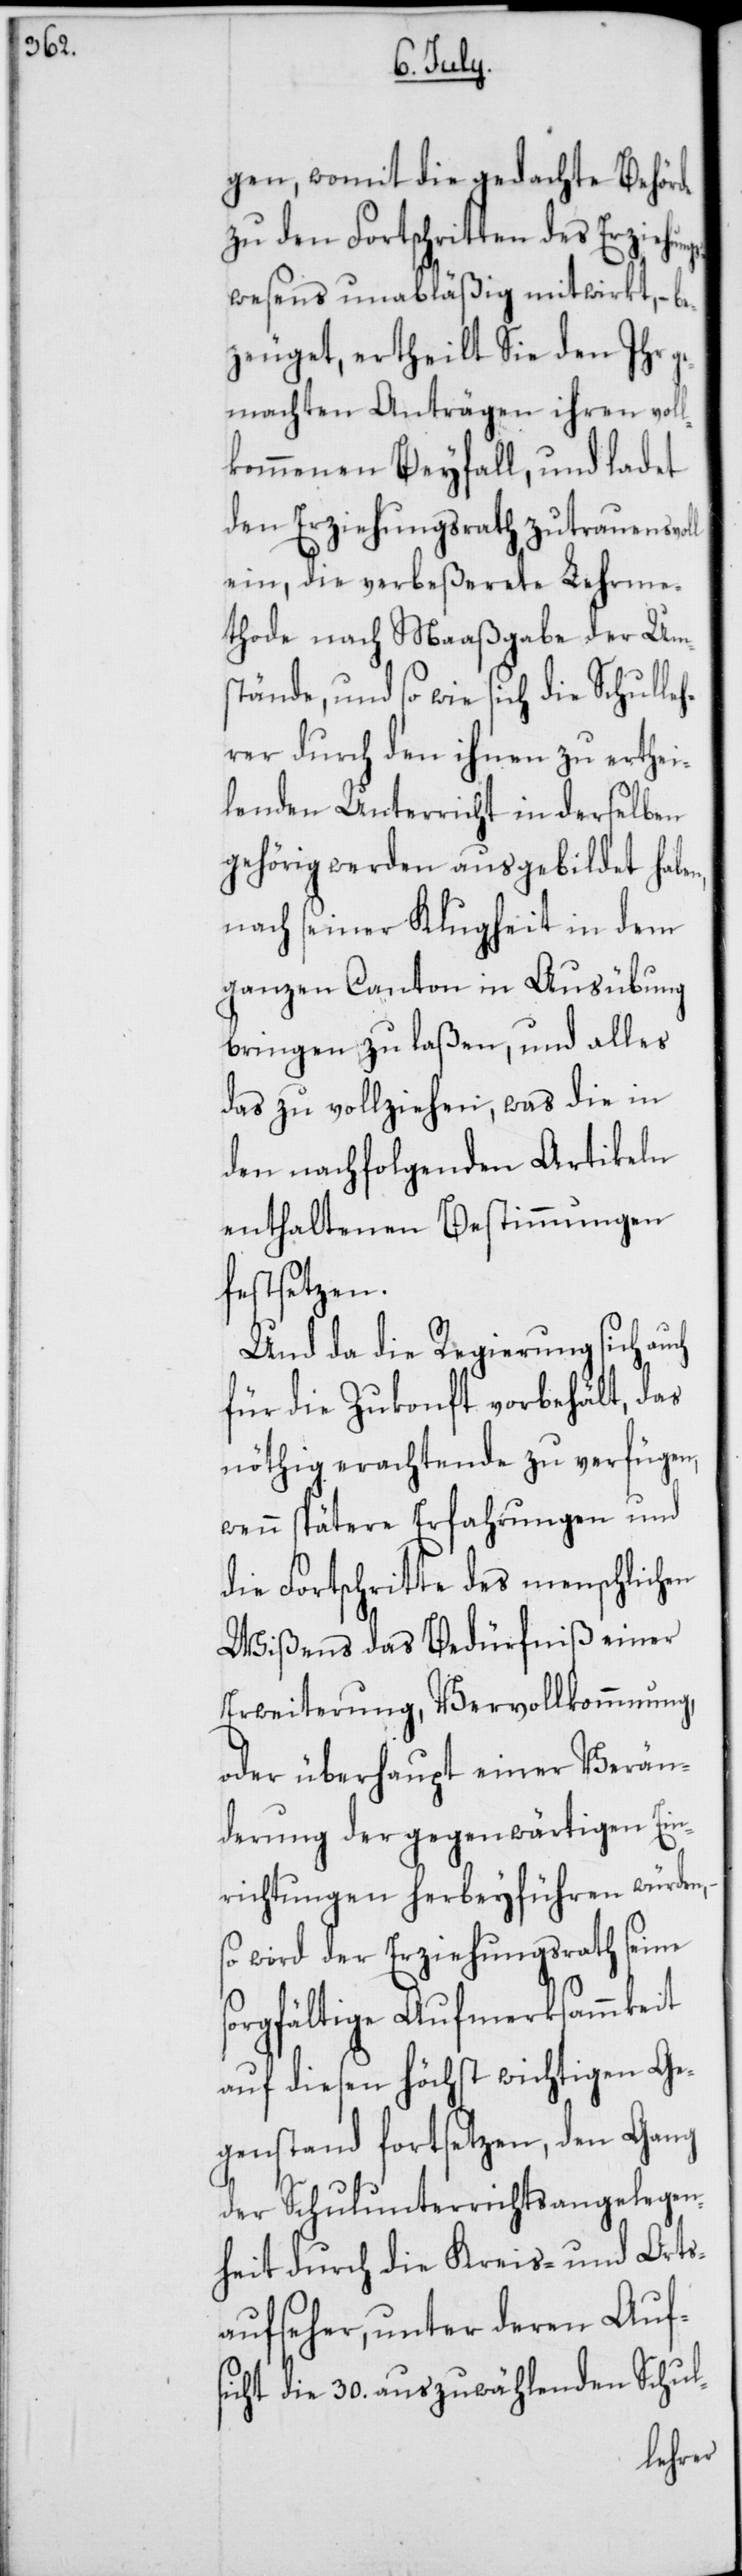
gen, womit die gedachte Behörde
zu den Fortschritten des Erziehun¬
gswesens unabläßig mitwirkt, – be¬
zeuget, ertheilt Sie den Ihr ge¬
machten Anträgen ihren voll¬
kommenen Beyfall, und ladet
den Erziehungsrath zutrauensvoll
ein, die verbeßerete Lehrme¬
thode nach Maaßgabe der Um¬
stände, und so wie sich die Schulle¬
hrer durch den ihnen zu erthei¬
lenden Unterricht in derselben
gehörig werden ausgebildet ha¬
nach seiner Klugheit in dem
ganzen Canton in Ausübung
bringen zu laßen, und alles
das zu vollziehen, was die in
den nachfolgenden Artikeln
enthaltenen Bestimmungen
festsetzen.
Und da die Regierung sich
für die Zukonft vorbehält, das
nöthig Erachtende zu verfügen,
wenn spätere Erfahrungen und
die Fortschritte des menschlichen
Wißens das Bedürfniß einer
Erweiterung, Vervollkommnung,
oder überhaupt einer Verän¬
derung der gegenwärtigen Ein¬
richtungen herbeyführen würden,
so wird der Erziehungsrath seine
sorgfältige Aufmerksammkeit
auf diesen höchst wichtigen Ge¬
genstand fortsetzen, dem Gang
der Schulunterrichts-Angelegen¬
heit durch die Kreis- und Orts¬
aufseher, unter deren Auf¬
sicht die 30. auszuwählenden Schul-
ben,